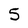
Character: 5